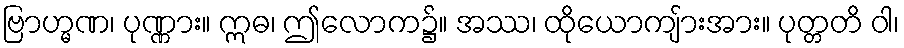
ဗြာဟ္မဏ၊ ပုဏ္ဏား။ ဣဓ၊ ဤလောက၌။ အဿ၊ ထိုယောကျ်ားအား။ ပုတ္တတိ ဝါ၊